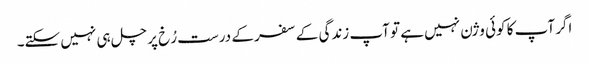
اگر آپ کا کوئی وژن نہیں ہے تو آپ زندگی کے سفر کے درست رُخ پر چل ہی نہیں سکتے۔